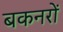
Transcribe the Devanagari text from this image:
बकनरों